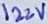
Text: 122V